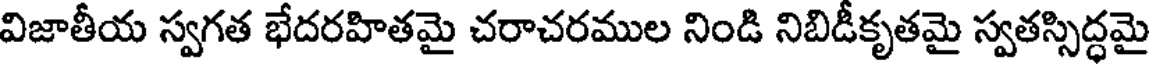
విజాతీయ స్వగత భేదరహితమై చరాచరముల నిండి నిబిడీకృతమై స్వతస్సిద్ధమై